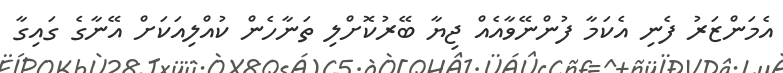
އެމަންޒަރު ފެނި އެކަމާ ފުންނޭވާއެއް ޖިޔާ ބޭރުކޮށްލި ތަނާހެން ކުއްލިއަކަށް އޭނާގެ ގައިގާ